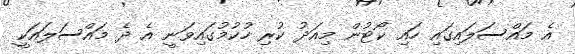
އެ މައްސަލައިގައި ހައި ކޯޓުން މިއަދު ކުރި ހުކުމުގައިވަނީ އެ ދެ މައްސަލައަކީ